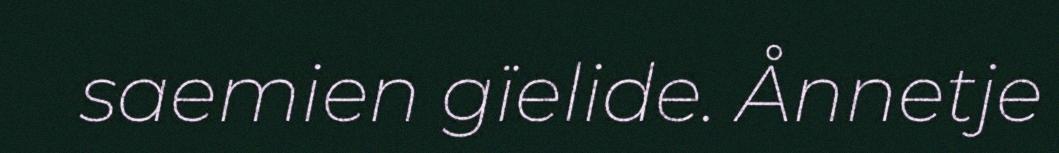
saemien gïelide. Ånnetje